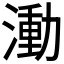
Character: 𬈭